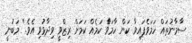
ސާމާނުތައް ހަމަވެފައިވާ ކަން ހާމަވެާ ކަމެއް ކަމަށް ރިޒްވީ ވިދާޅުވި އެވެ.'' މަބުނީ